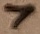
Text: 7